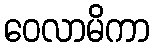
ဝေလာမိကာ